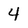
Character: 4